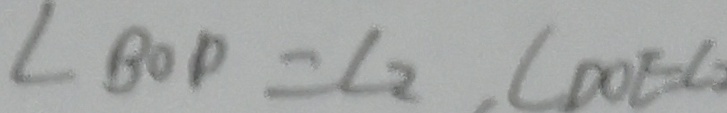
\angle B O D = \angle 2 , \angle D O E = \angle